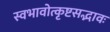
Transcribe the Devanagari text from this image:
स्वभावोत्कृष्टसद्भावः